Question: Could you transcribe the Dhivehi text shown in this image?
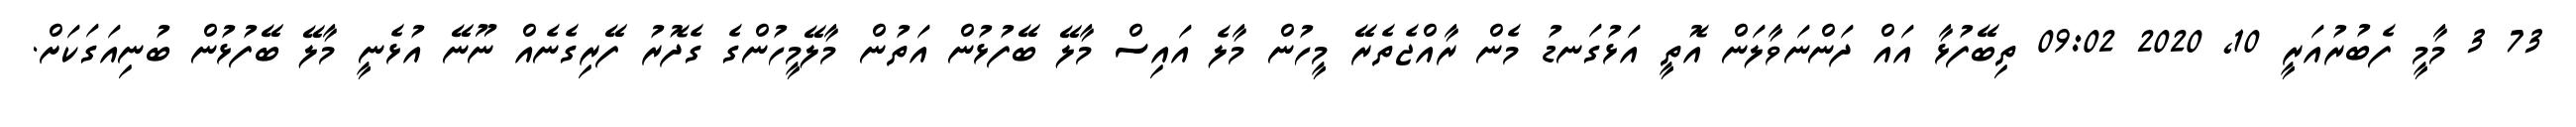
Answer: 73 3 މާމީ ފެބުރުއަރީ 10, 2020 09:02 ތިބޭފުޅާ އައް ދަންނަވާލަން އޮތީ އަޅުގަނޑު މެން ރާއްޖެތެރޭ މީހުން މާލެ އައިސް މާލޭ ބޭފުޅުން އަތުން މާލޭމީހުންގެ ގެދޮރު ފޭރިގެނެއް ނޫނޭ އުޅެނީ މާލޭ ބޭފުޅުން ބުނިއަގަކަށް.